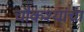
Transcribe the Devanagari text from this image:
चौकश्यांचा